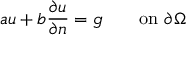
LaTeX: a u + b { \frac { \partial u } { \partial n } } = g \qquad { \mathrm { o n ~ } } \partial \Omega